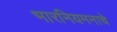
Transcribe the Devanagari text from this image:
भारनियमनाचे